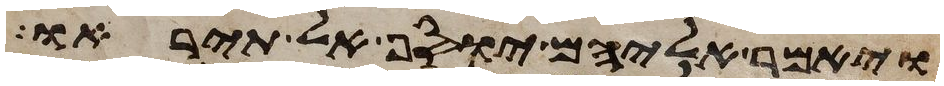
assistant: ויאמר אליהם יוסף אל תיראו